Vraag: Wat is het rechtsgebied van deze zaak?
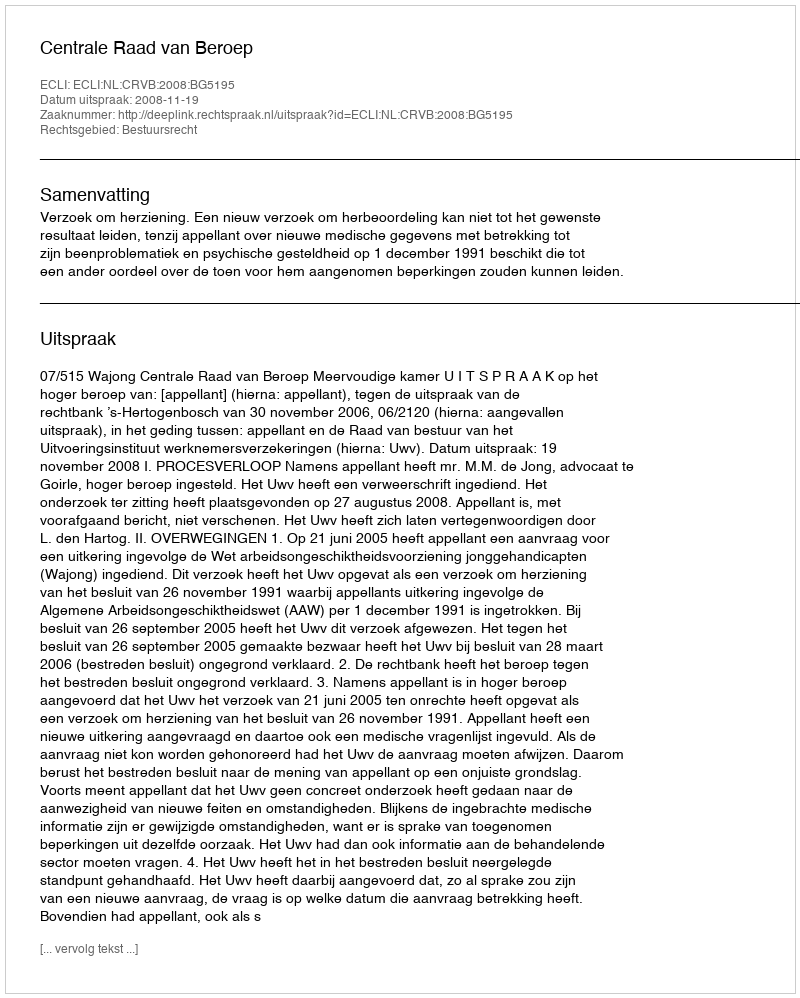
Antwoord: Bestuursrecht